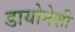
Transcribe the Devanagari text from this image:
डायोनेशी